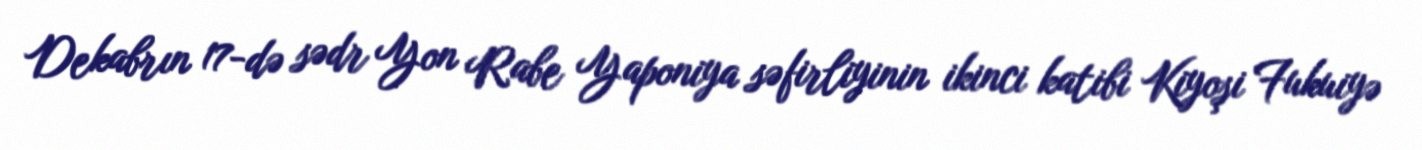
Dekabrın 17-də sədr Yon Rabe Yaponiya səfirliyinin ikinci katibi Kiyoşi Fukuiyə